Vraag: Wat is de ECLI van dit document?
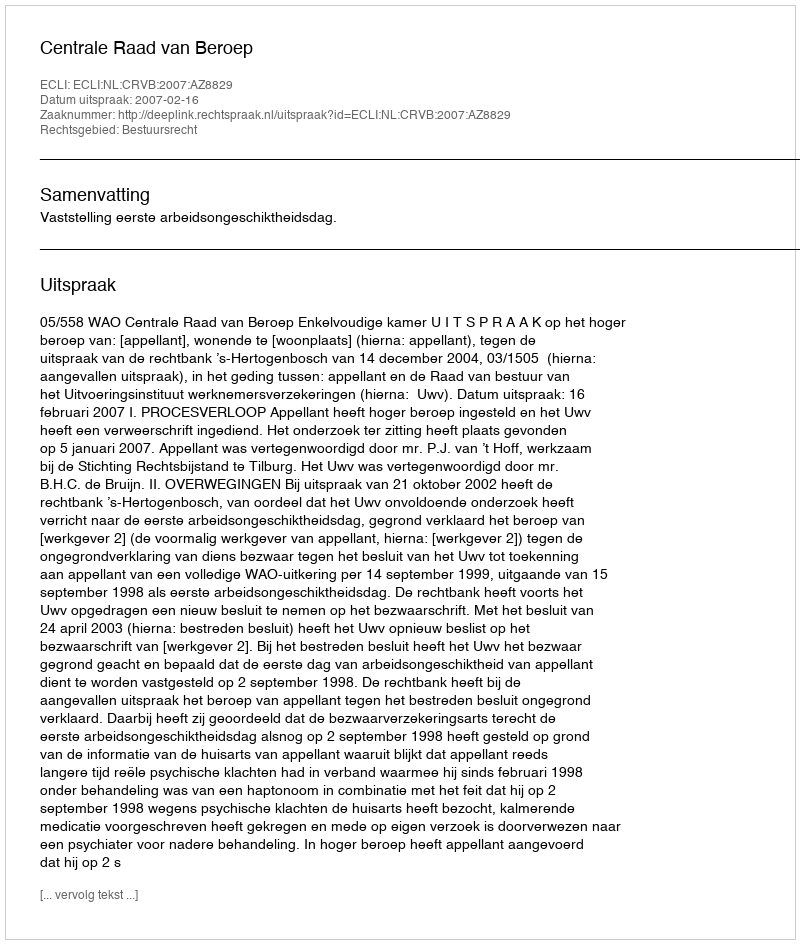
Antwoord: ECLI:NL:CRVB:2007:AZ8829